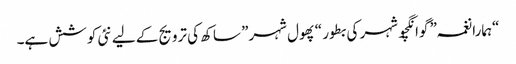
“ہمارا نغمہ” گوانگچو شہر کی بطور “پھول شہر” ساکھ کی ترویج کے لیے نئی کوشش ہے۔